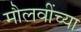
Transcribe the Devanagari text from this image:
मौलवींच्या